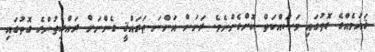
ޤައުމެއްގެ ގޮތުގައި މަސައްކަތް ކޮށްގެންނެވެ. ރަށަށް އަންނަ ތަރައްޤީ ގެންނަށް ރައްޔިތުންގެ ގޮތުގައި